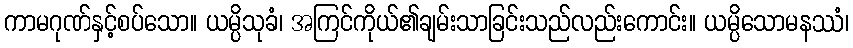
ကာမဂုဏ်နှင့်စပ်သော။ ယမ္ပိသုခံ၊ အကြင်ကိုယ်၏ချမ်းသာခြင်းသည်လည်းကောင်း။ ယမ္ပိသောမနဿံ၊